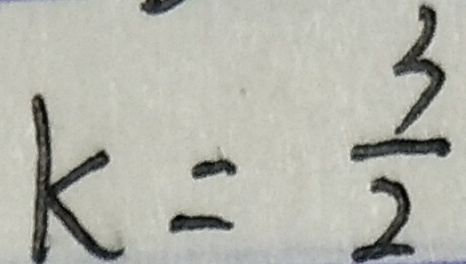
k = \frac { 3 } { 2 }